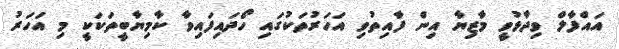
އައްފާލް ވިދާޅުވީ މާޒިޔާ އިން ފާއިތުވި އަހަރުތަކުގައި ހޯދައިފައިވާ ކާމިޔާބީތަކަކީ މި އަހަރު